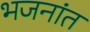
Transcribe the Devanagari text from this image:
भजनांत